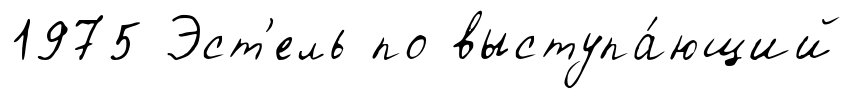
1975 Эст'ель по выступа́ющий